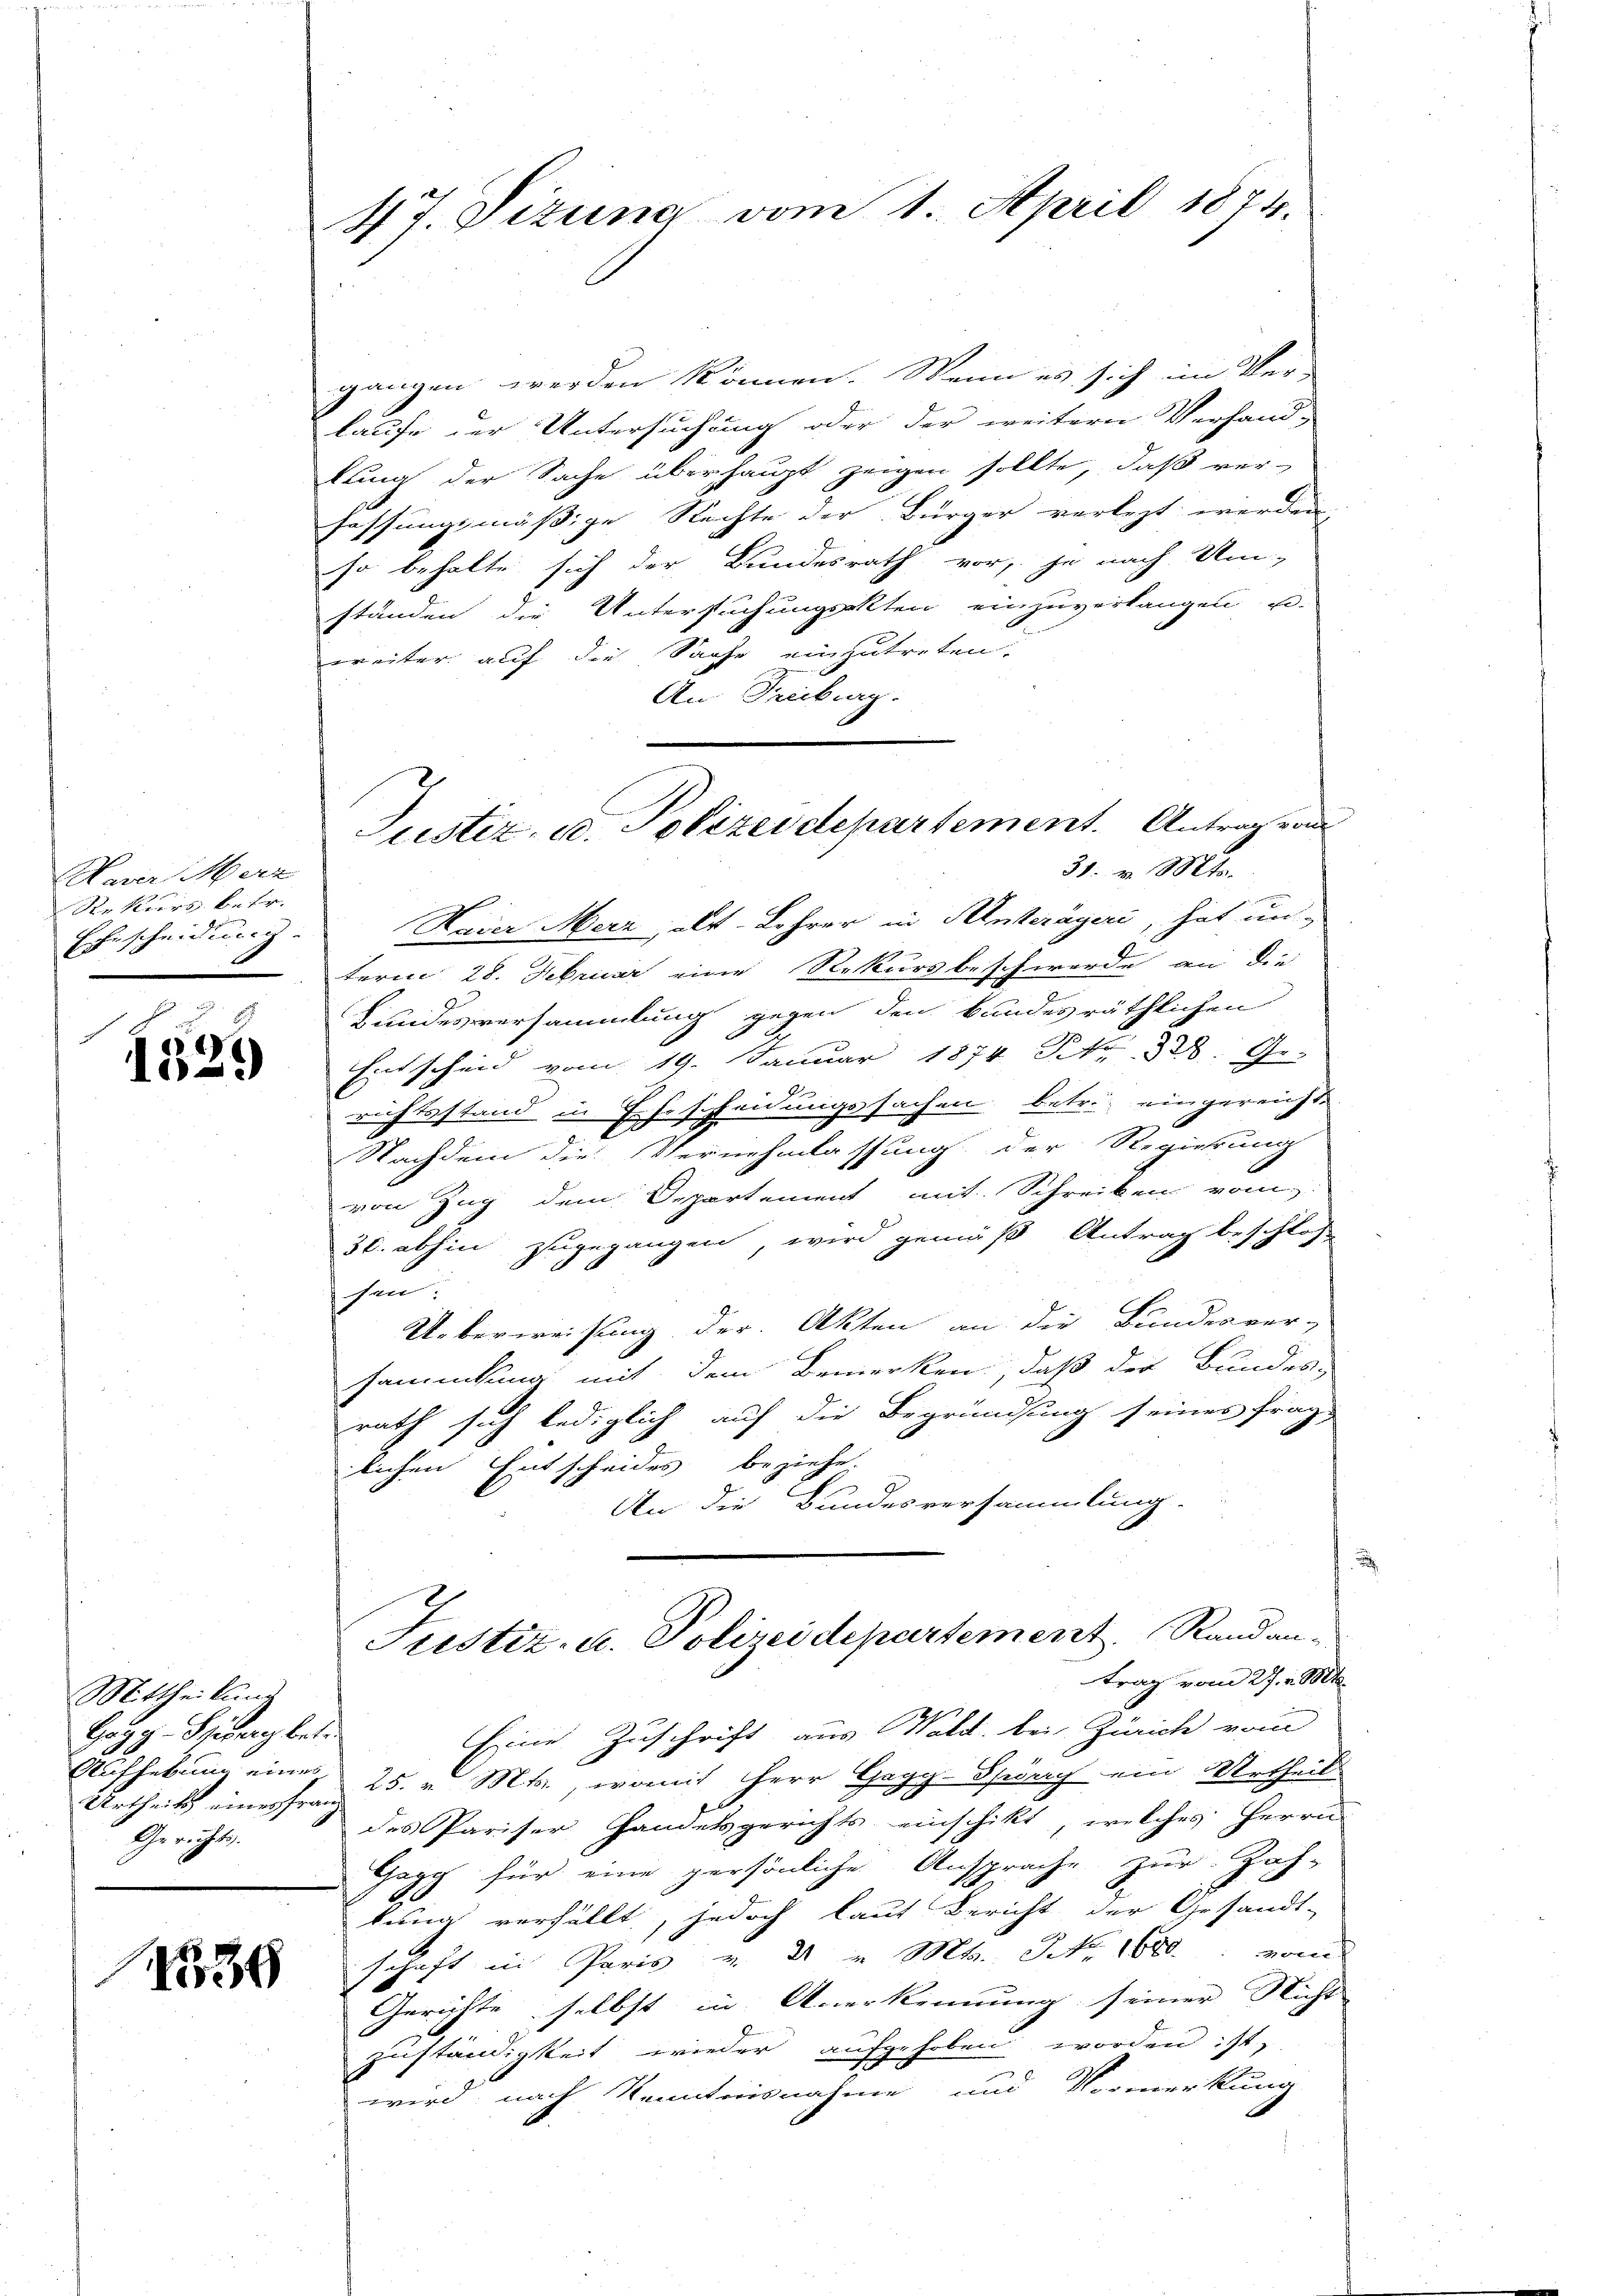
Harer Merz
Rekurs betr.
Ehescheidung.

1329)

Mittheilung
Hay y. Schirurg betr.
Urtheils eines franz
Gerichts.

1534

47. Sizung vom 1. April 1874.

gangen werden können. Wenn es sich im Ver-
laufe der Untersuchung oder der weitern Verhand-
lung der Sache überhaupt zeigen sollte, daß ver-
fassungsmässige Rechte der Bürger verlezt werden,
so behalte sich der Bundesrath vor, je nach Um-
ständen die Untersuchungsakten einzuverlangen u.
weiter auf die Sache einzutreten.
An Freiburg.
Haier Merz, als Lehrer in Anträgeri, hat un-
term 28. Februar eine Rekursbeschwerde an die
Hundesversammlung gegen den Bundesräthlichen
Entscheid vom 19. Januar 1874 S. 32. Ge-
richtsstand in Ehescheidungssachen betr. eingereicht
Nachdem die Vernehmlassung der Regierung
von Zug dem Departement mit Schreiben vom
30. abhin zugegangen, wird gemäß Antrag beschloss
shen:
Ueberweisung der Akten an die Bundesver-
sammlung mit dem Bemerken, daß der Bundes-
rath sich lediglich auf die Begründung seines frag-
lichen Entscheides beziehe.
An die Bundesversammlung.
Justiz- u. Polizeidepartement. Randan-
trag vom 27. v. Mts.
Eine Zuschrift aus Wald. bei Zürich vom
Aufhebung eines 25. Mts., womit Herr Gegg-Spung ein Urtheil
des Pariser Handelsgerichts einschikt, welches Herrn
Gegg für eine persönliche Ansprache zur Zah-
tung verfällt, jedoch laut Bericht der Gesandt-
schaft in Paris u. 2 u Mts. Nr. 1600. vom
Gerichte selbst in Anerkennung seiner Nicht
Zuständigkeit wieder aufgehoben worden ist,
J
wird, nach Kenntnisnahme und Vormerkung

Justiz, u. Polizeidepartement. Antrag von
31. v. Mts.